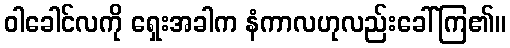
ဝါခေါင်လကို ရှေးအခါက နံကာလဟုလည်းခေါ်ကြ၏။